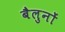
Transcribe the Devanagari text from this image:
बैलुनों